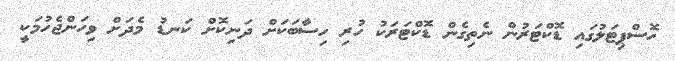
ހޮސްޕިޓަލުގައި ޑޮކްޓަރުން ނެތިގެން ޑޮކްޓަރަކު ހުރި ހިސާބަކަށް ދަނިކޮށް ކަނޑު މެދަށް ވިހަންޖެހުމަކީ